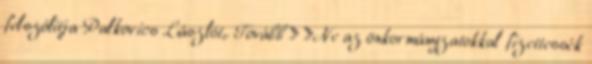
felszólítja Palkovics Lászlót,. Tovább › ›Ne az önkormányzatokkal fizettessék